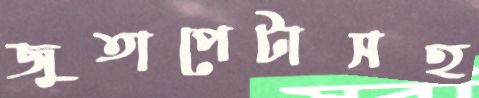
জুতাপেটাসহ